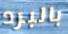
بالبرد